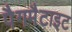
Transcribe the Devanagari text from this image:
पैगमैटाइट